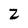
Character: Z